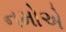
નમોએ